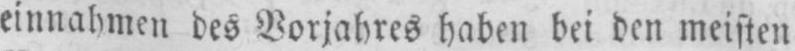
einnahmen des Vorjahres haben bei den meisten